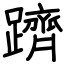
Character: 躋